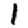
Digit: 1